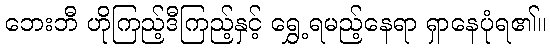
ဘေးဘီ ဟိုကြည့်ဒီကြည့်နှင့် ရွှေ့ရမည့်နေရာ ရှာနေပုံရ၏။